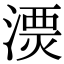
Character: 𣻔